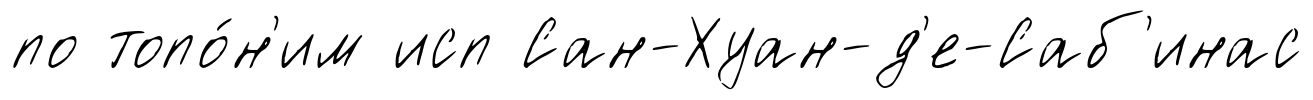
по топо́н'им исп Сан-Хуан-д'е-Саб'инас